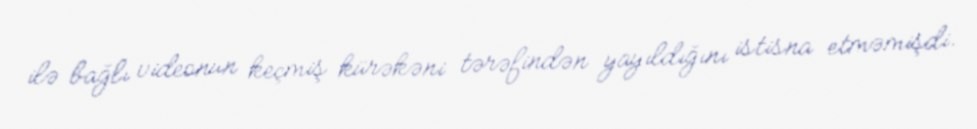
ilə bağlı videonun keçmiş kürəkəni tərəfindən yayıldığını istisna etməmişdi.